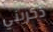
ذكريني